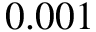
0 . 0 0 1